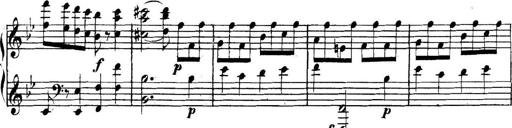
Title: Collected Piano Sonatas
Composer: Muzio Clementi